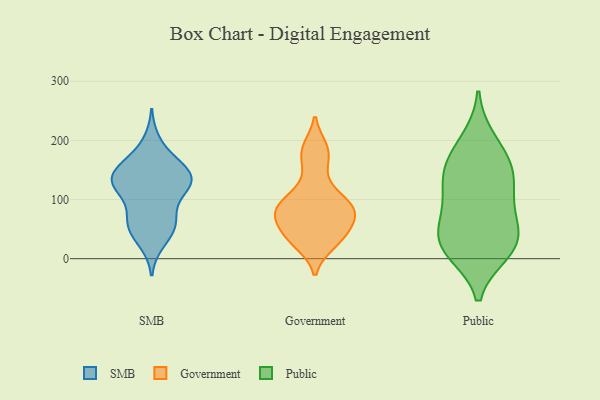
{"axis": {"x": "Temperature (°C)", "y": "Value"}, "legend": ["Government", "Public", "SMB"], "data": [{"x": "", "y": 197, "type": "SMB"}, {"x": "", "y": 134, "type": "SMB"}, {"x": "", "y": 28, "type": "SMB"}, {"x": "", "y": 63, "type": "SMB"}, {"x": "", "y": 126, "type": "SMB"}, {"x": "", "y": 108, "type": "SMB"}, {"x": "", "y": 144, "type": "SMB"}, {"x": "", "y": 44, "type": "SMB"}, {"x": "", "y": 155, "type": "SMB"}, {"x": "", "y": 156, "type": "SMB"}, {"x": "", "y": 136, "type": "SMB"}, {"x": "", "y": 67, "type": "SMB"}, {"x": "", "y": 164, "type": "SMB"}, {"x": "", "y": 122, "type": "SMB"}, {"x": "", "y": 53, "type": "SMB"}, {"x": "", "y": 68, "type": "SMB"}, {"x": "", "y": 129, "type": "SMB"}, {"x": "", "y": 122, "type": "SMB"}, {"x": "", "y": 29, "type": "Government"}, {"x": "", "y": 77, "type": "Government"}, {"x": "", "y": 50, "type": "Government"}, {"x": "", "y": 105, "type": "Government"}, {"x": "", "y": 34, "type": "Government"}, {"x": "", "y": 110, "type": "Government"}, {"x": "", "y": 57, "type": "Government"}, {"x": "", "y": 187, "type": "Government"}, {"x": "", "y": 90, "type": "Government"}, {"x": "", "y": 25, "type": "Government"}, {"x": "", "y": 79, "type": "Government"}, {"x": "", "y": 183, "type": "Government"}, {"x": "", "y": 81, "type": "Government"}, {"x": "", "y": 75, "type": "Government"}, {"x": "", "y": 155, "type": "Government"}, {"x": "", "y": 17, "type": "Public"}, {"x": "", "y": 73, "type": "Public"}, {"x": "", "y": 150, "type": "Public"}, {"x": "", "y": 82, "type": "Public"}, {"x": "", "y": 31, "type": "Public"}, {"x": "", "y": 141, "type": "Public"}, {"x": "", "y": 12, "type": "Public"}, {"x": "", "y": 32, "type": "Public"}, {"x": "", "y": 200, "type": "Public"}, {"x": "", "y": 28, "type": "Public"}, {"x": "", "y": 108, "type": "Public"}, {"x": "", "y": 141, "type": "Public"}, {"x": "", "y": 175, "type": "Public"}]}